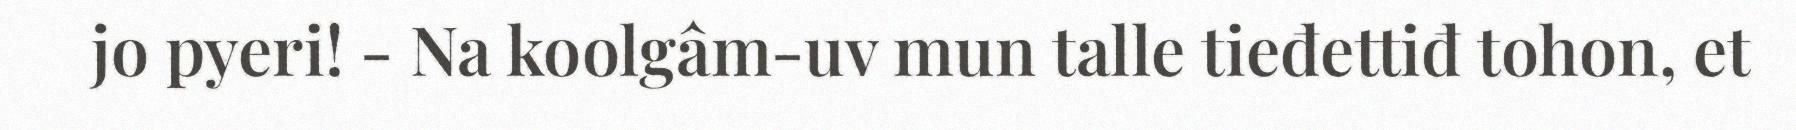
jo pyeri! - Na koolgâm-uv mun talle tieđettiđ tohon, et